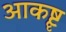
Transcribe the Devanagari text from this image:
आकॄष्ट